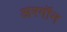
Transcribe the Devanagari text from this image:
अरगॉन